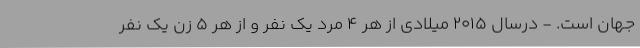
جهان است. - درسال ۲۰۱۵ میلادی از هر ۴ مرد یک نفر و از هر ۵ زن یک نفر